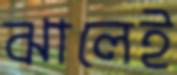
ঝালেই